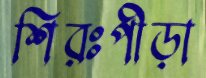
শিরঃপীড়া